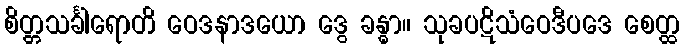
စိတ္တသင်္ခါရောတိ ဝေဒနာဒယော ဒွေ ခန္ဓာ။ သုခပဋိသံဝေဒီပဒေ စေတ္ထ